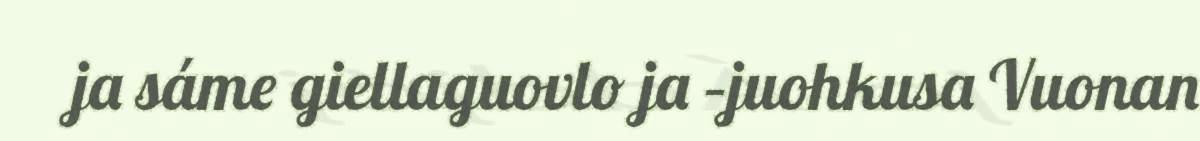
ja sáme giellaguovlo ja –juohkusa Vuonan